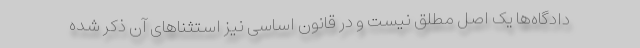
دادگاه‌ها یک اصل مطلق نیست و در قانون اساسی نیز استثناهای آن ذکر شده